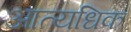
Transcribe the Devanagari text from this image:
आत्यधिक